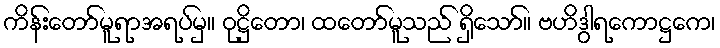
ကိန်းတော်မူရာအရပ်မှ။ ဝုဋ္ဌိတော၊ ထတော်မူသည် ရှိသော်။ ဗဟိဒွါရကောဋ္ဌကေ၊